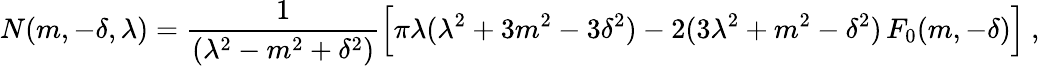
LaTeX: N(m,-\delta,\lambda)={\frac{1}{(\lambda^{2}-m^{2}+\delta^{2})}}\Big[\pi\lambda(\lambda^{2}+3m^{2}-3\delta^{2})-2(3\lambda^{2}+m^{2}-\delta^{2})\, F_{0}(m,-\delta)\Big]\ ,